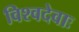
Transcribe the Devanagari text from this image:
विश्वदेवाः